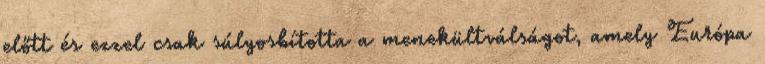
előtt és ezzel csak súlyosbította a menekültválságot, amely Európa